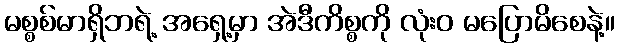
မစ္စစ်မာရှိဘရဲ့ အရှေ့မှာ အဲဒီကိစ္စကို လုံးဝ မပြောမိစေနဲ့။